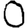
Digit: 0